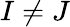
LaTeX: I\ne J